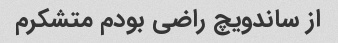
از ساندویچ راضی بودم متشکرم